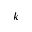
k